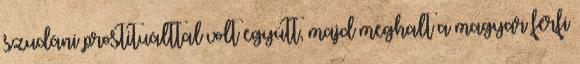
szudáni prostituálttal volt együtt, majd meghalt a magyar férfi